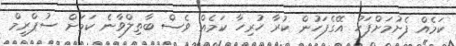
ކަމެއް ފެށުމަށްފަހު އޭގެފަހުން ކުރާ ހުރިހާ ކަމެއް ވެސް ބާތިލްވާނެ ކަމަށް ސުޕްރީމް